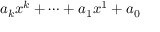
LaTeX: a _ { k } x ^ { k } + \dotsb + a _ { 1 } x ^ { 1 } + a _ { 0 }